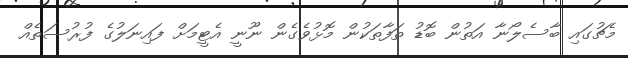
މެޗުގައި ބާސެލޯނާ އަތުން ބޮޑު ތަފާތަކުން މޮޅުވެގެން ނޫނީ އެޓީމަށް ފައިނަލުގެ ފުރުސަތެއް